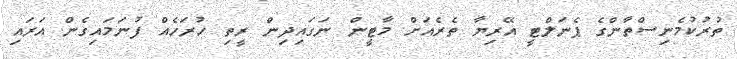
ތުރުކުމެނިސްތާންގެ ޕެނަލްޓީ އޭރިޔާ ތެރެއަށް މާޓީން ނަގައިދިން ރީތި ހުރަހެއް ފުނަމައިގެން އަރައި